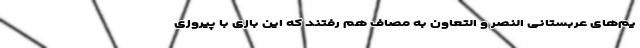
یم‌های عربستانی النصر و التعاون به مصاف هم رفتند که این بازی با پیروزی